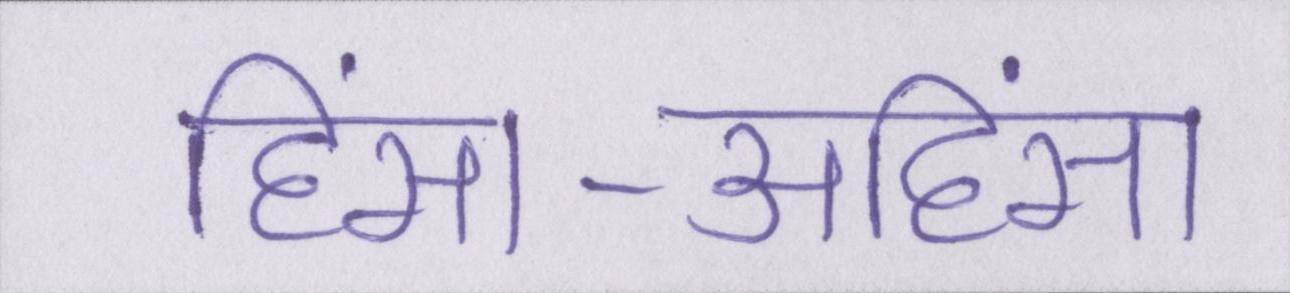
हिंसा-अहिंसा